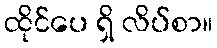
ထိုင်ပေ ရှိ လိပ်စာ။